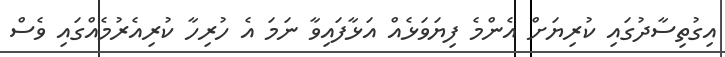
އިގުތިސާދުގައި ކުރިޔަށް އެންމެ ފިޔަވަޅެއް އަޅާފައިވާ ނަމަ އެ ހުރިހާ ކުރިއެރުމެއްގައި ވެސް